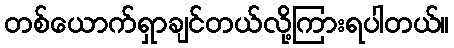
တစ်ယောက်ရှာချင်တယ်လို့ကြားရပါတယ်။